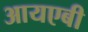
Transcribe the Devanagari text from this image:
आयएबी